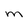
Character: m